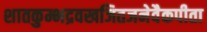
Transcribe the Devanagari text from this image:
शातकुम्भद्रवखजितजनेवैकपीता